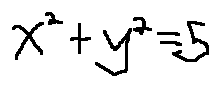
x ^ { 2 } + y ^ { 2 } = 5